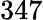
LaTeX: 347